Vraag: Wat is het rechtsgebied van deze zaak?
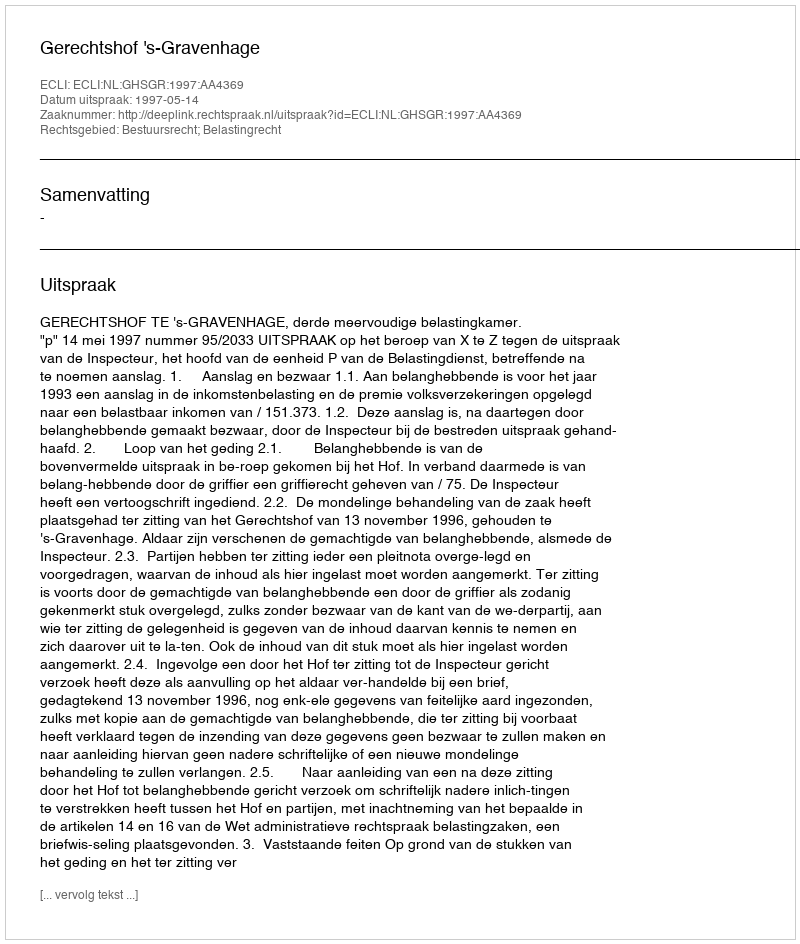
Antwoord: Bestuursrecht; Belastingrecht